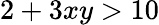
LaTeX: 2+3xy>10